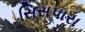
સિસપારા